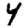
Digit: 4